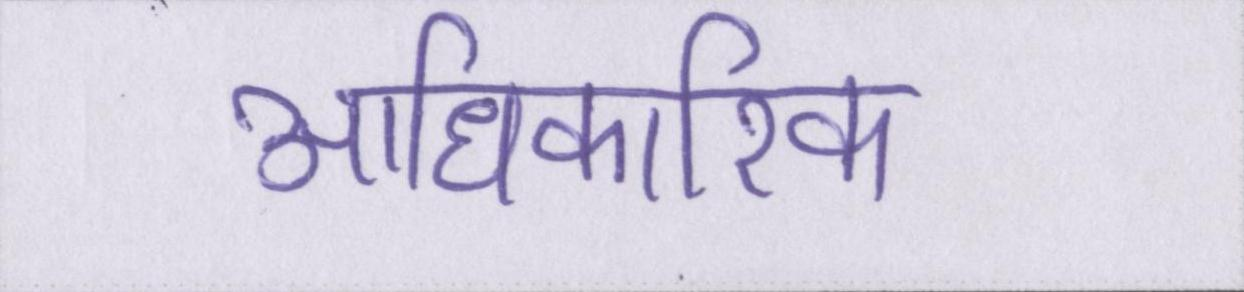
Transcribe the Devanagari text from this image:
आधिकारिक